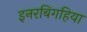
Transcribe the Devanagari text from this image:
इनरबिगहिया